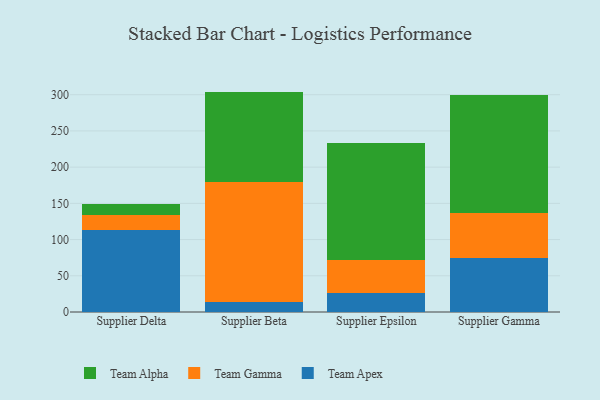
{"axis": {"x": "Supplier", "y": "Churn Rate (%)"}, "legend": ["Team Alpha", "Team Apex", "Team Gamma"], "data": [{"x": "Supplier Delta", "y": 112.7, "type": "Team Apex"}, {"x": "Supplier Delta", "y": 21.3, "type": "Team Gamma"}, {"x": "Supplier Delta", "y": 14.7, "type": "Team Alpha"}, {"x": "Supplier Beta", "y": 13.2, "type": "Team Apex"}, {"x": "Supplier Beta", "y": 166.4, "type": "Team Gamma"}, {"x": "Supplier Beta", "y": 124.7, "type": "Team Alpha"}, {"x": "Supplier Epsilon", "y": 26.3, "type": "Team Apex"}, {"x": "Supplier Epsilon", "y": 45.1, "type": "Team Gamma"}, {"x": "Supplier Epsilon", "y": 162.5, "type": "Team Alpha"}, {"x": "Supplier Gamma", "y": 74.1, "type": "Team Apex"}, {"x": "Supplier Gamma", "y": 62.6, "type": "Team Gamma"}, {"x": "Supplier Gamma", "y": 163.0, "type": "Team Alpha"}]}